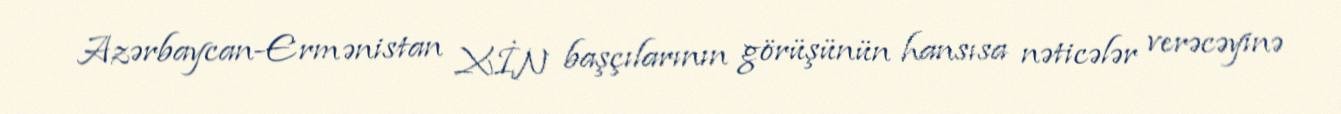
Azərbaycan-Ermənistan XİN başçılarının görüşünün hansısa nəticələr verəcəyinə